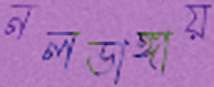
নলডাঙ্গায়